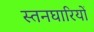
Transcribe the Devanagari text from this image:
स्तनघारियों